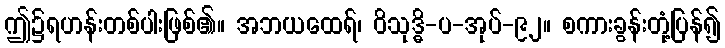
ဤ၌ရဟန်းတစ်ပါးဖြစ်၏။ အဘယထေရ်၊ ဝိသုဒ္ဓိ-ပ-အုပ်-၉၂။ စကားခွန်းတုံ့ပြန်၍